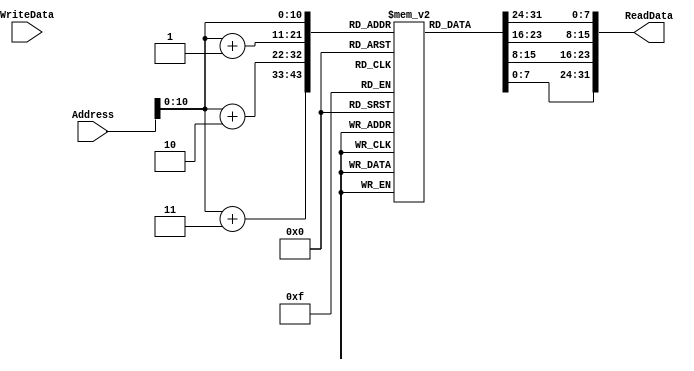
`timescale 1ns / 1ps
//////////////////////////////////////////////////////////////////////////////////
// Company: 
// Engineer: 
// 
// Design Name: 
// Module Name: DataMem
// Project Name: 
// Target Devices: 
// Tool Versions: 
// Description: 
// 
// Dependencies: 
// 
// Revision:
// Revision 0.01 - File Created
// Additional Comments:
// 
//////////////////////////////////////////////////////////////////////////////////


module DataMem(
  input [31:0] Address,
  input [31:0] WriteData,
  output [31:0] ReadData
  );
  reg [7:0] mem [0: 1024];
  assign ReadData = {mem[Address],mem[Address+1],mem[Address+2],mem[Address+3]};
endmodule